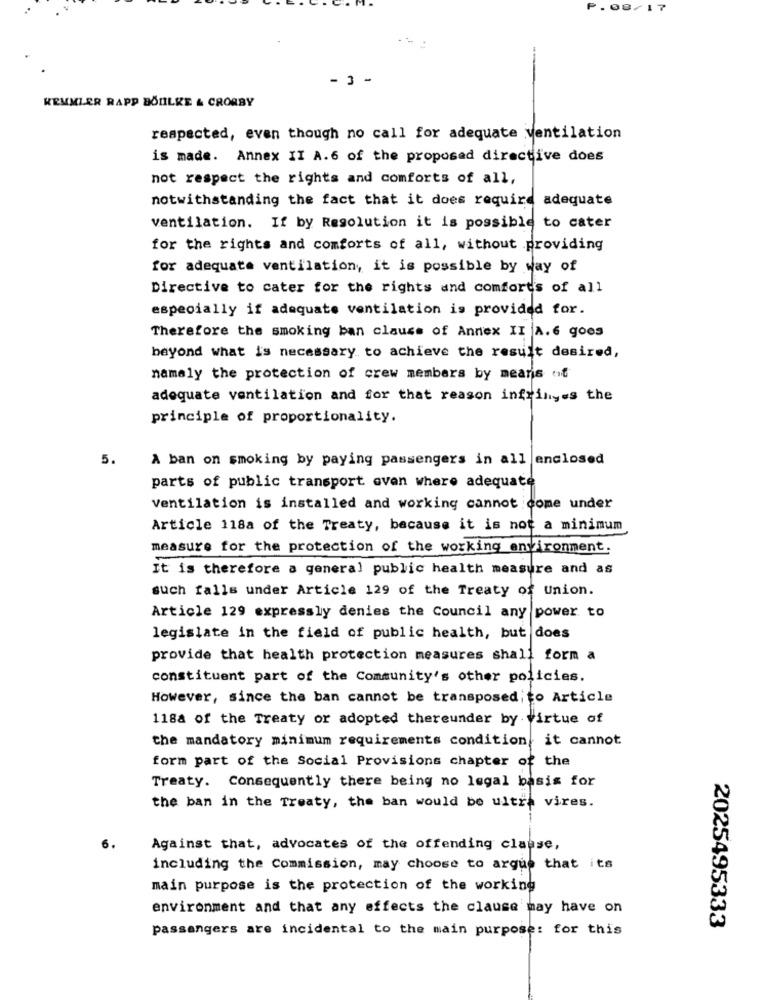
P.00/17
- 3 -
KEMMLER RAPP BOILKE & CRORBY
respected, even though no call for adequate ventilation
is made. Annex II A.6 of the proposed directive does
not respect the rights and comforts of all,
notwithstanding the fact that it does require adequate
ventilation. If by Resolution it is possible to cater
for the rights and comforts of all, without providing
for adequate ventilation, it is possible by way of
Directive to cater for the rights and comforts of all
especially if adequate ventilation is provided for.
Therefore the smoking ban clause of Annex II A.6 goes
beyond what is necessary to achieve the result desired,
namely the protection of crew members by means of
adequate ventilation and for that reason infringes the
principle of proportionality.
5.
A ban on smoking by paying passengers in all enclosed
parts of public transport even where adequate
Ventilation is installed and working cannot come under
Article 118a of the Treaty, because it is not a minimum
measure for the protection of the working environment.
It is therefore a general public health measure and as
such falls under Article 129 of the Treaty of Union.
Article 129 expressly denies the Council any power to
legislate in the field of public health, but does
provide that health protection measures shall form a
constituent part of the Community's other policies.
However, since the ban cannot be transposed;to Article
1188 of the Treaty or adopted thereunder by virtue of
the mandatory minimum requirements condition, it cannot
form part of the Social Provisions chapter of the
Treaty. Consequently there being no legal basis for
the ban in the Treaty, the ban would be ultra vires.
Against that, advocates of the offending clause,
including the Commission, may choose to argue that its
main purpose is the protection of the working
environment and that any effects the clause may have on
2025495333
passangers are incidental to the main purpose: for this